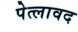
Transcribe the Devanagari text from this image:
पेत्लावद